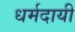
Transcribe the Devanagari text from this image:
धर्मदायी